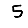
Digit: 5